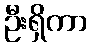
ဦးရှိကာ